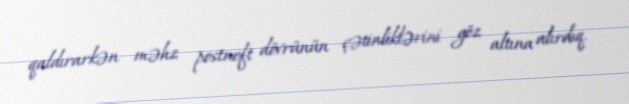
qaldırarkən məhz postneft dövrünün çətinliklərini göz altına alırdıq.